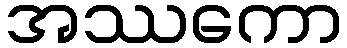
အဿကော